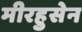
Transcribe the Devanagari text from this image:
मीरहुसेन